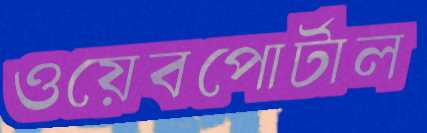
ওয়েবপোর্টাল